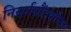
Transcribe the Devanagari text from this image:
निसर्गसौंदर्याच्या